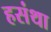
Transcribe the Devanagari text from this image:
हसंथा